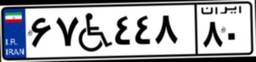
۶۳W۵۷۵۹۱